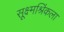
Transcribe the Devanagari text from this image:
सूक्ष्मश्रिंकला